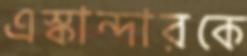
এস্কান্দারকে